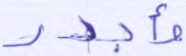
وأجدر